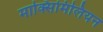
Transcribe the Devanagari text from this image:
माक्सिमिलियन